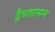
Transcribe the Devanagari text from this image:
द्वैधशासन